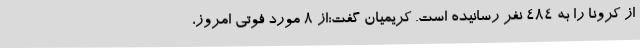
از کرونا را به 484 نفر رسانیده است. کریمیان گفت:از 8 مورد فوتی امروز،